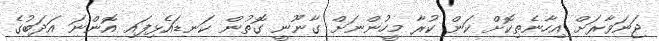
ޖަނަވާރަށް އިހާނެތިކޮށް ކަން ކުރާ މީހުންނަށް ގާނޫނީ ގޮތުން ކަނޑައެޅިފައި އޮންނަ އަދަބުގެ